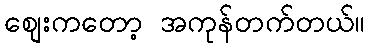
စျေးကတော့ အကုန်တက်တယ်။